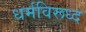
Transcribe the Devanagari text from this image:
धर्मविरूध्द